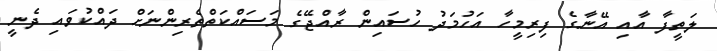
ލަތީފާ އާއި އޭނާގެ ފިރިމީހާ އަހުމަދު ހުސައިން ރާއްޖޭގެ މަސައްކަތްތެރިންނަށް ދައްކުވައި ދެނީ